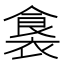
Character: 𮖛